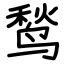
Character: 鹙